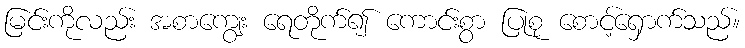
မြင်းကိုလည်း အစာကျွေး ရေတိုက်၍ ကောင်းစွာ ပြုစု စောင့်ရှောက်သည်။